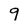
Character: 9